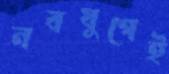
নবযুগেই